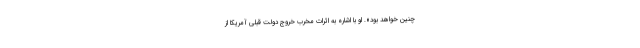
چنین خواهد بود». او با اشاره به اثرات مخرب خروج دولت قبلی آمریکا از